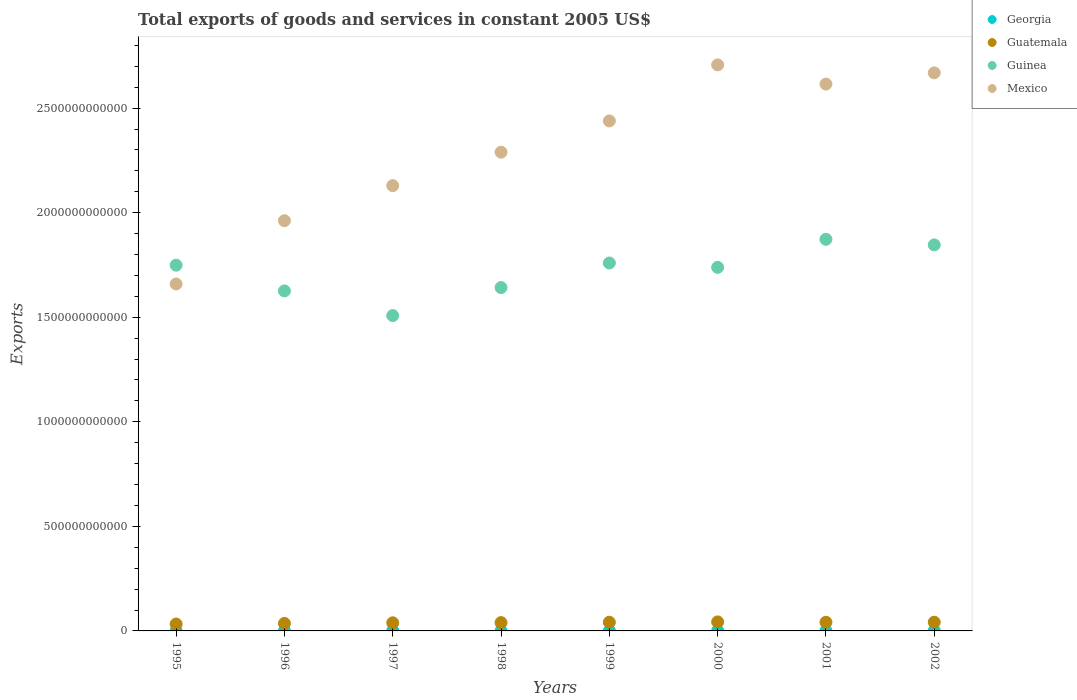
| Years | Georgia | Guatemala | Guinea | Mexico |
 | --- | --- | --- | --- | --- |
 | 1995 | 4.73e+08 | 3.31e+10 | 1.75e+12 | 1.66e+12 |
 | 1996 | 5.16e+08 | 3.59e+10 | 1.63e+12 | 1.96e+12 |
 | 1997 | 6.67e+08 | 3.88e+10 | 1.51e+12 | 2.13e+12 |
 | 1998 | 7.26e+08 | 3.98e+10 | 1.64e+12 | 2.29e+12 |
 | 1999 | 8.64e+08 | 4.16e+10 | 1.76e+12 | 2.44e+12 |
 | 2000 | 1.06e+09 | 4.32e+10 | 1.74e+12 | 2.71e+12 |
 | 2001 | 1.18e+09 | 4.15e+10 | 1.87e+12 | 2.61e+12 |
 | 2002 | 1.49e+09 | 4.18e+10 | 1.85e+12 | 2.67e+12 |